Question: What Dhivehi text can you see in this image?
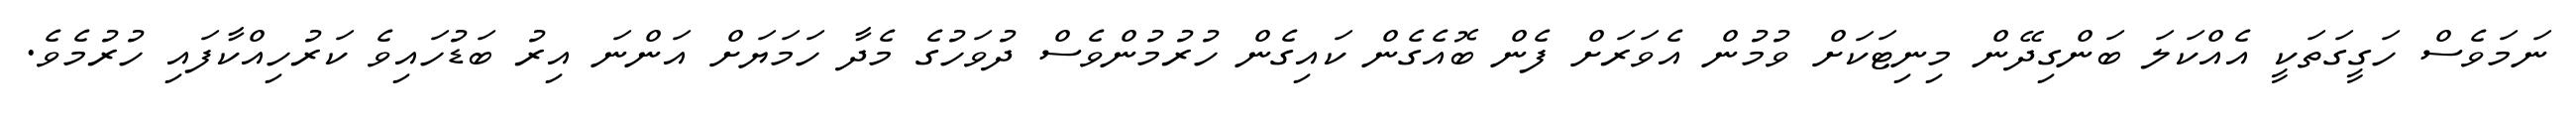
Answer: ނަމަވެސް ހަގީގަތަކީ އެއްކަލަ ބަންގިދޭން މިނިޓަކަށް ވުމުން އެވަރަށް ފެން ބޮއެގެން ކައިގެން ހުރުމުންވެސް ދުވަހުގެ މެދާ ހަމަޔަށް އަންނަ އިރު ބަޑުހައިވެ ކަރުހިއްކާފައި ހުރުމެވެ.